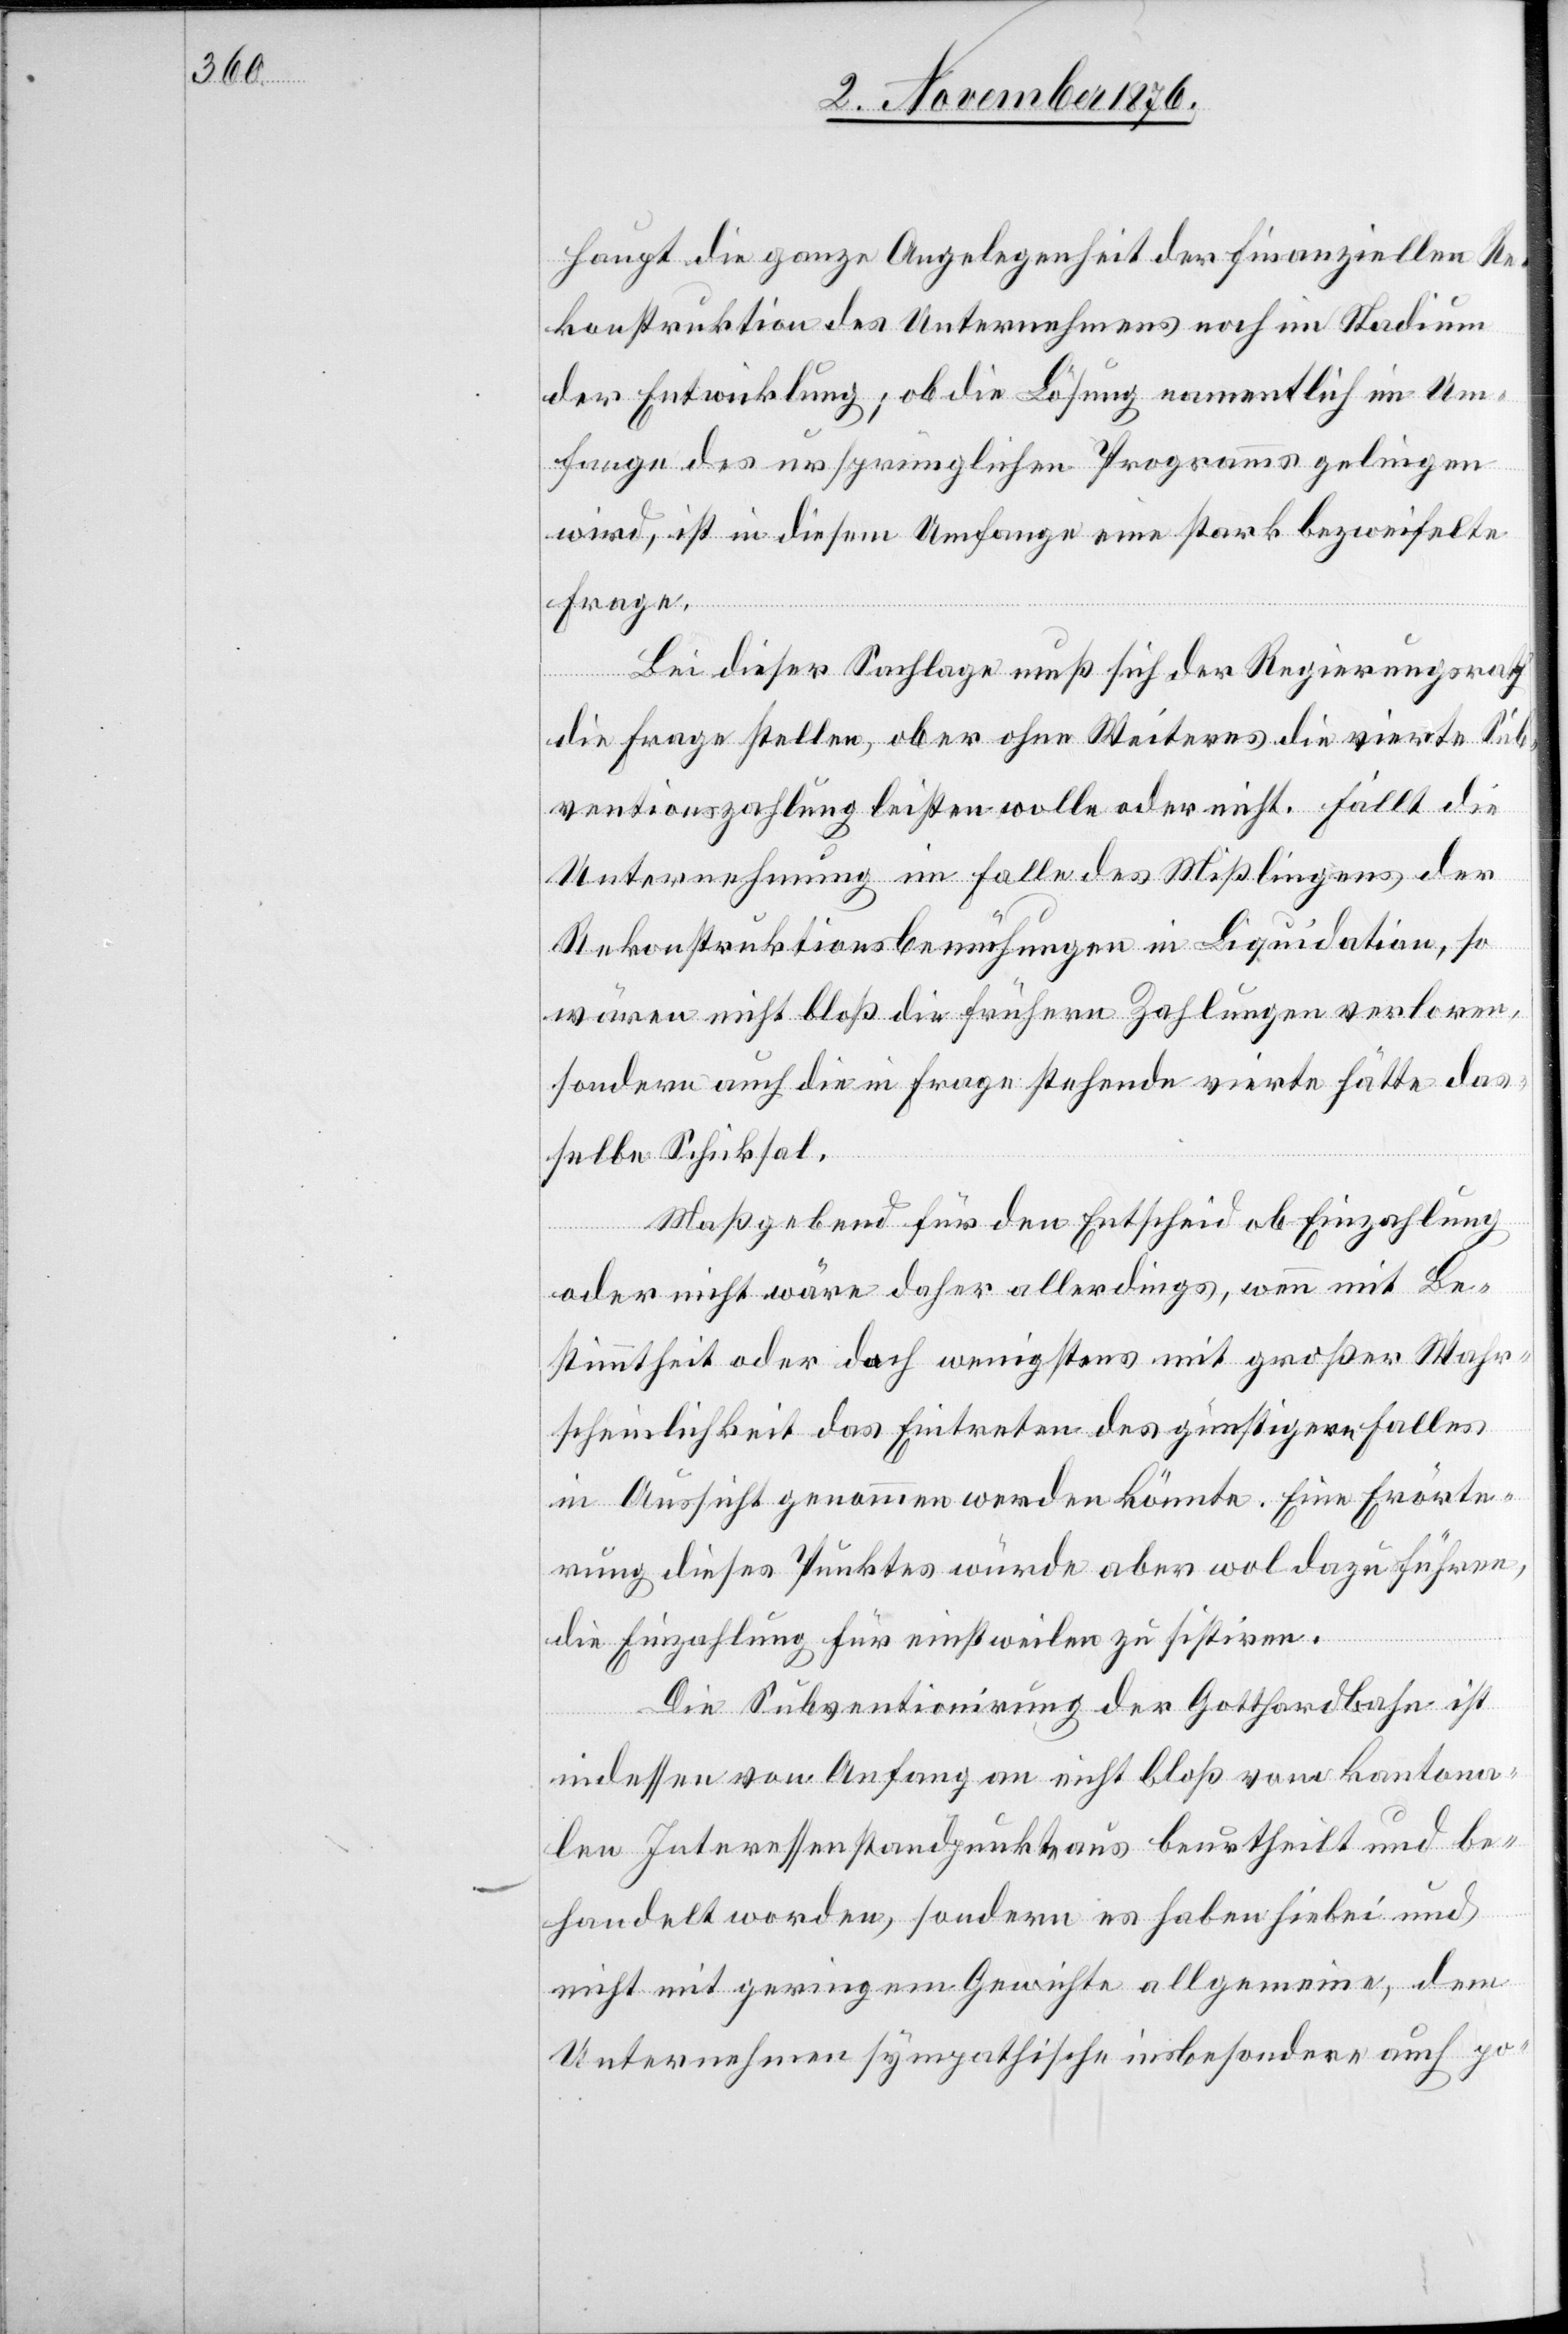
haupt die ganze Angelegenheit der finanziellen Re¬
konstruktion des Unternehmens noch im Stadium
der Entwicklung; ob die Lösung namentlich im Um¬
fange des ursprünglichen Programms gelingen
wird, ist in diesem Umfange eine stark bezweifelte
Frage.
Bei dieser Sachlage muß sich der Regierungsrath
die Frage stellen, ob er ohne Weiteres die vierte Su¬
bventionszahlung leisten wolle oder nicht. Fällt die
Unternehmung im Falle des Mißlingens der
Rekonstruktionsbemühungen in Liquidation, so
wären nicht bloß die frühern Zahlungen verloren,
sondern auch die in Frage stehende vierte hätte das¬
selbe Schicksal.
Maßgebend für den Entscheid ob Einzahlung
oder nicht wäre daher allerdings, wenn mit Be¬
stimmtheit oder doch wenigstens mit großer Wahr¬
scheinlichkeit das Eintreten des günstigern Falles
in Aussicht genommen werden könnte. Eine Erörte¬
rung dieses Punktes würde aber wol dazu führen,
die Einzahlung für einstweilen zu sistiren.
Die Subventionirung der Gotthardbahn ist
indessen von Anfang an nicht bloß vom kantona¬
len Interessenstandpunkt aus beurtheilt und be¬
handelt worden, sondern es haben hiebei und
nicht mit geringem Gewichte allgemeine, dem
Unternehmen sympathische insbesondere auch po-